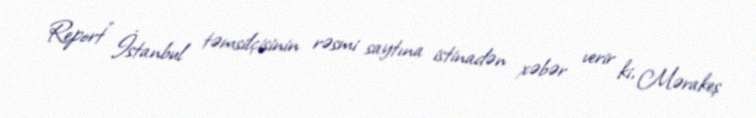
Report" İstanbul təmsilçisinin rəsmi saytına istinadən xəbər verir ki, Mərakeş